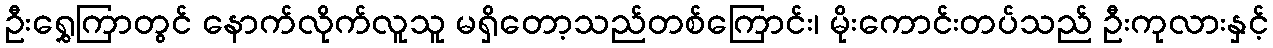
ဦးရွှေကြာတွင် နောက်လိုက်လူသူ မရှိတော့သည်တစ်ကြောင်း၊ မိုးကောင်းတပ်သည် ဦးကုလားနှင့်